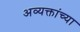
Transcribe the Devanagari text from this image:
अव्यक्तांच्या